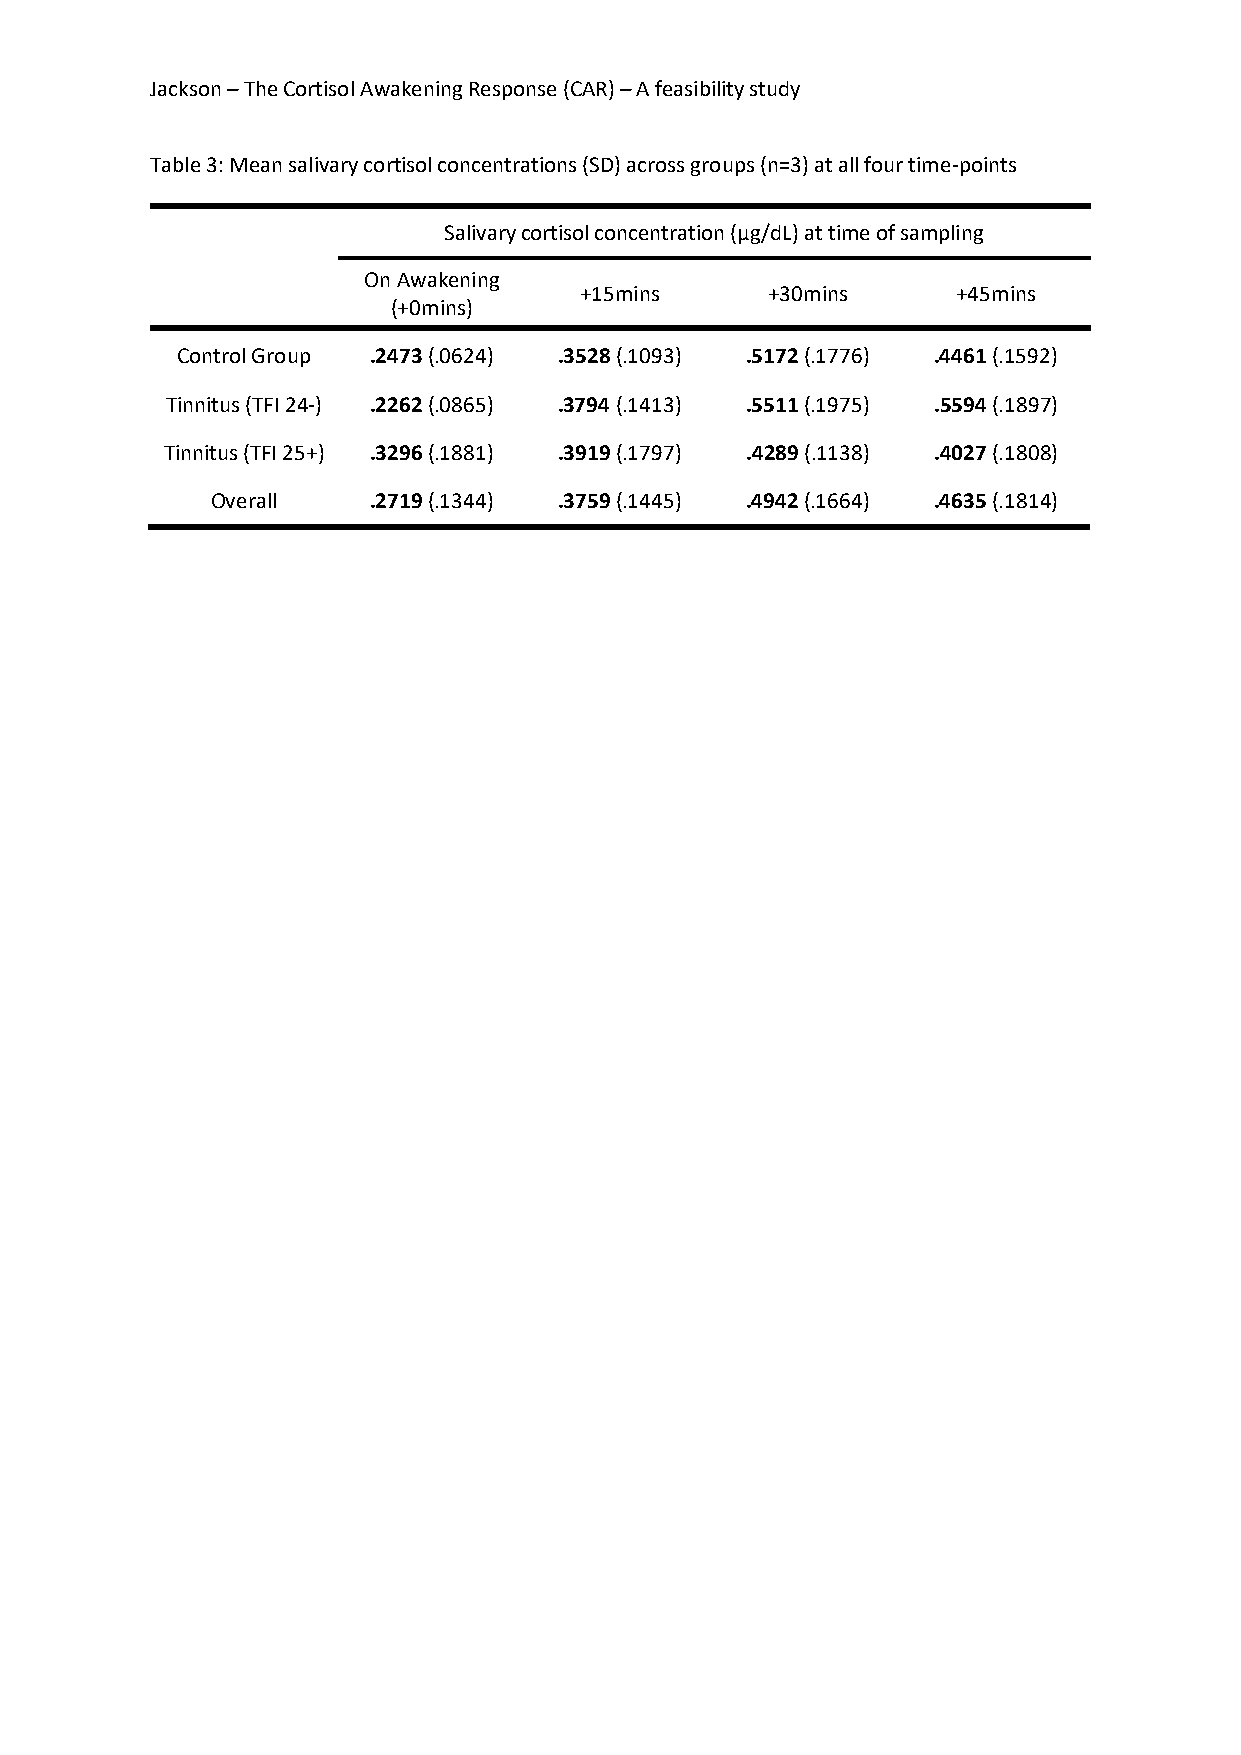
Jackson – The Cortisol Awakening Response (CAR) – A feasibility study
 Table 3: Mean salivary cortisol concentrations (SD) across groups (n=3) at all four time-points
 Salivary cortisol concentration (μg/dL) at time of sampling
 On Awakening
 +15mins      +30mins     +45mins
 (+0mins)
 Control Group .2473 (.0624) .3528 (.1093) .5172 (.1776) .4461 (.1592)
 Tinnitus (TFI 24-) .2262 (.0865) .3794 (.1413) .5511 (.1975) .5594 (.1897)
 Tinnitus (TFI 25+) .3296 (.1881) .3919 (.1797) .4289 (.1138) .4027 (.1808)
 Overall   .2719 (.1344) .3759 (.1445) .4942 (.1664) .4635 (.1814)